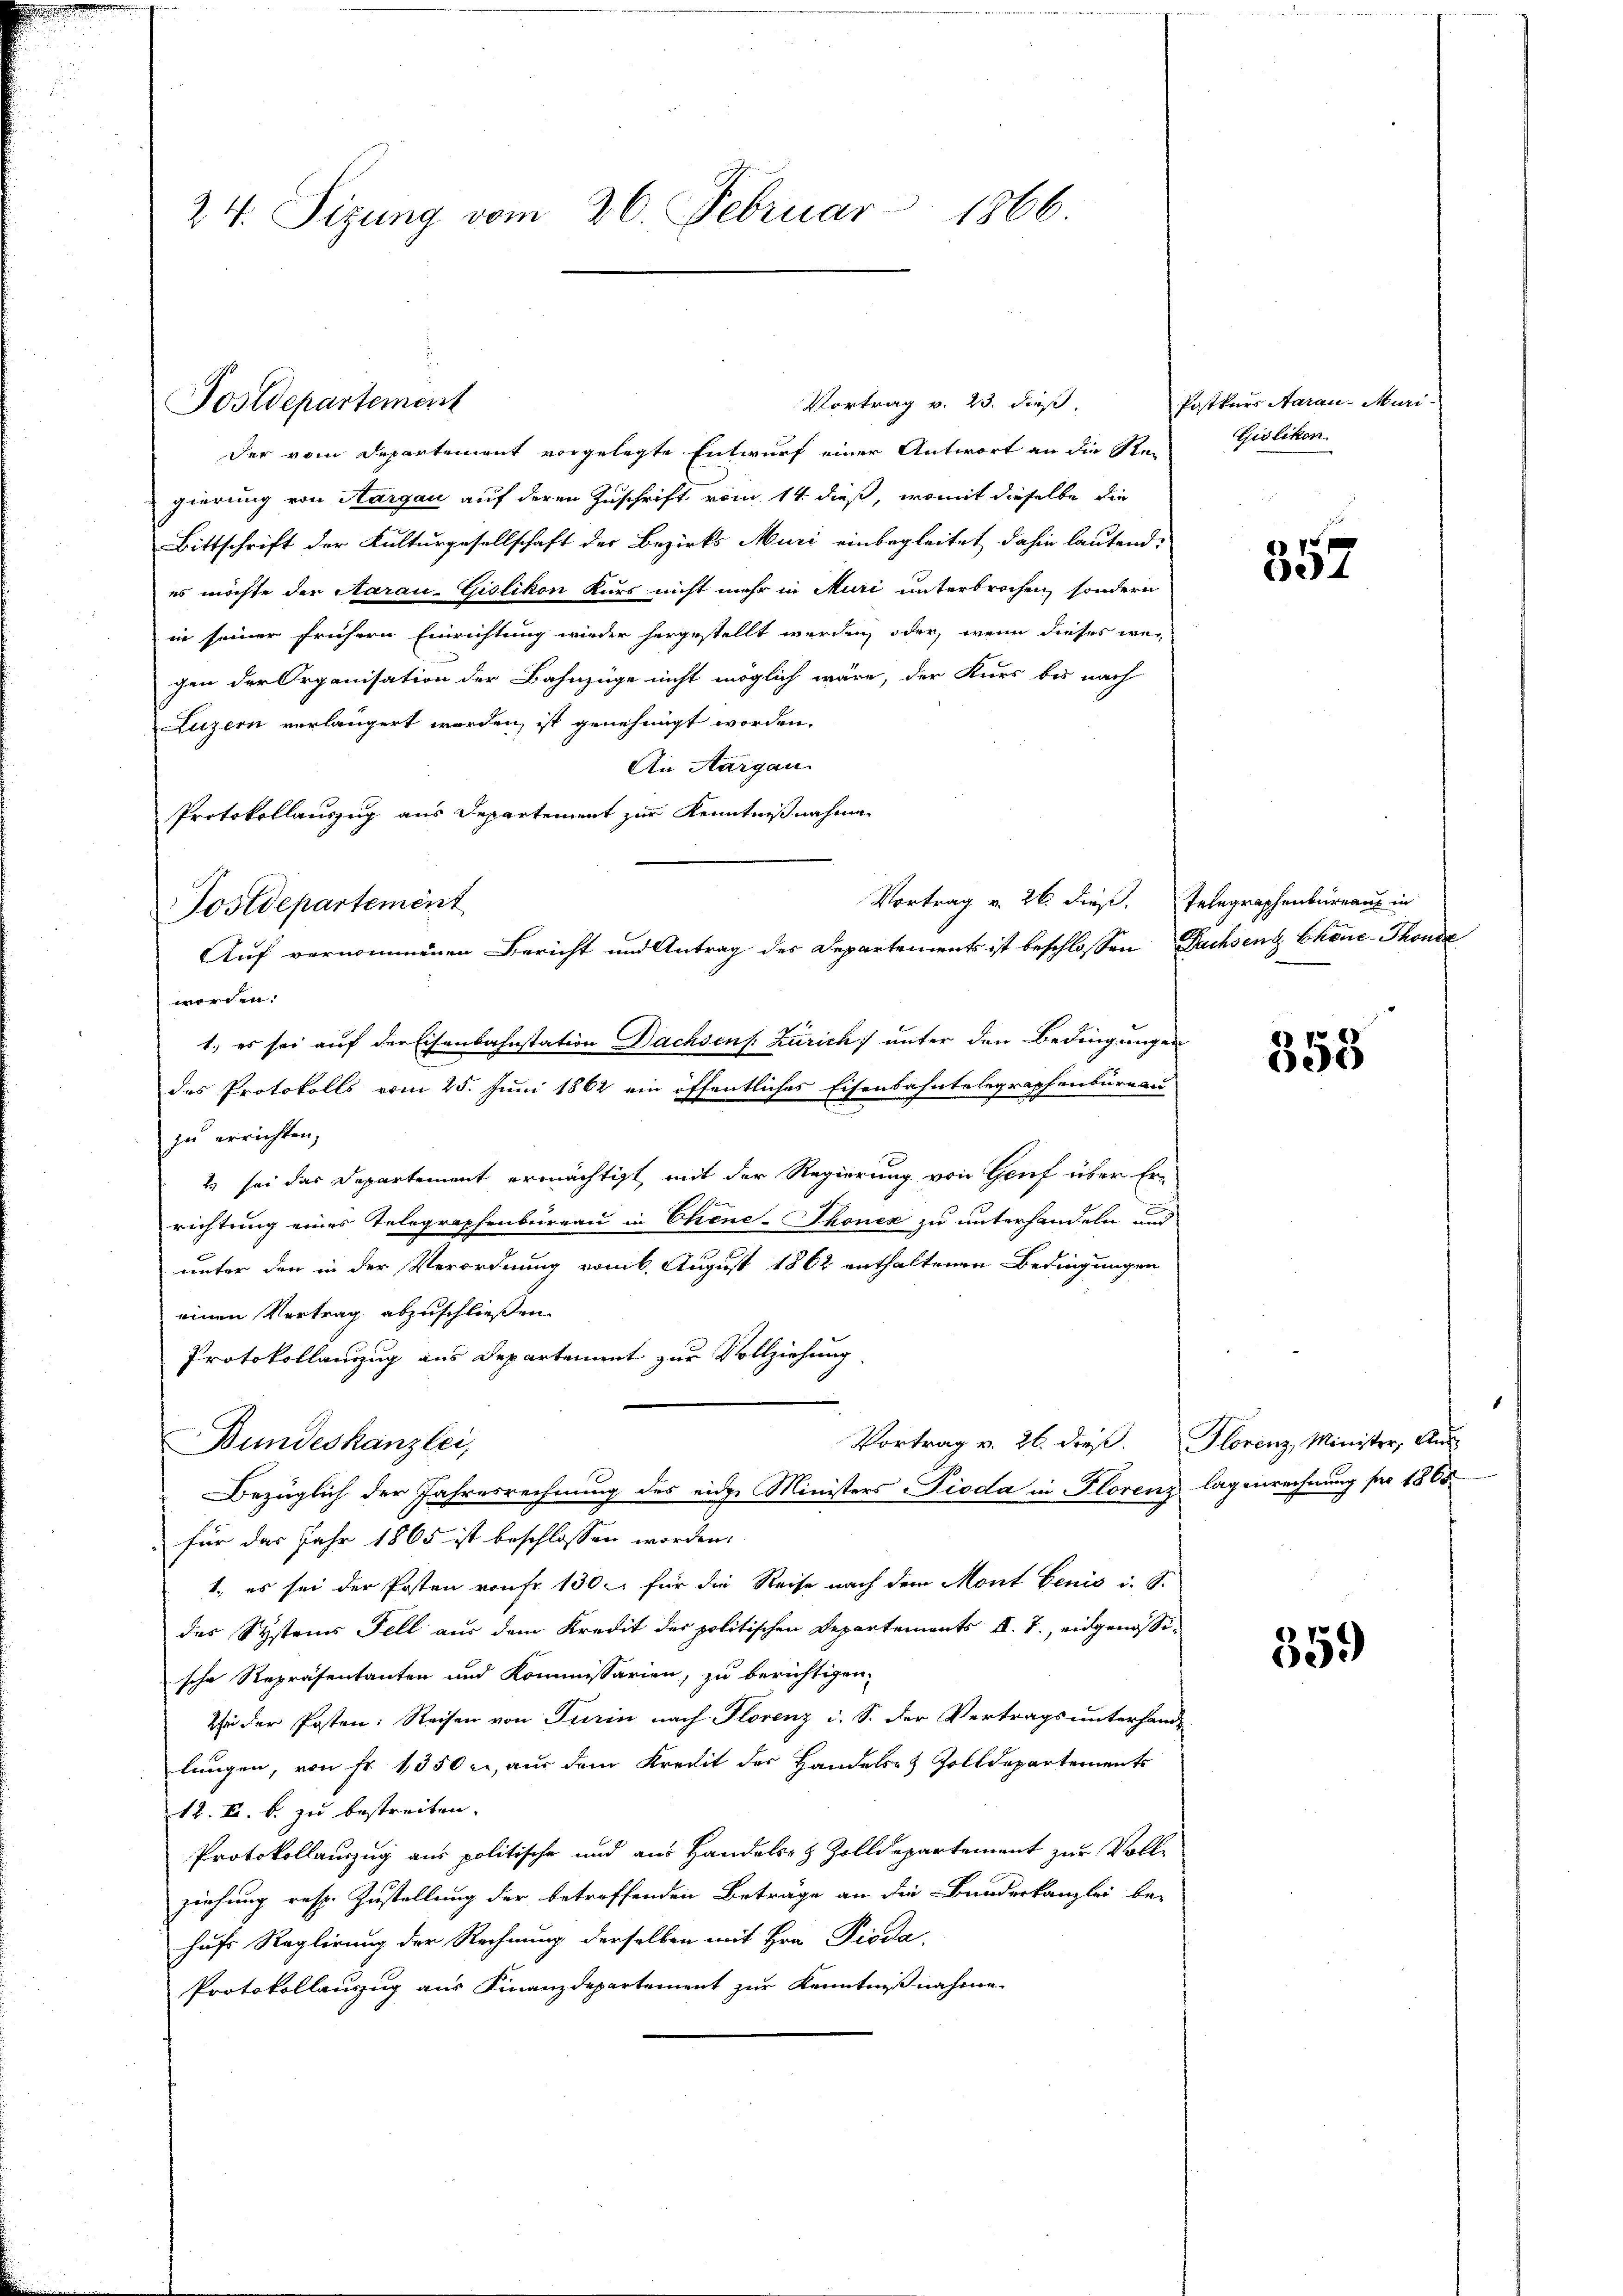
24. Sizung vom 26. Februar 1866.

Postdepartement

der vom Departement vorgelegte Entwurf einer Antwort an die Stei
gierung von Aargau auf deren Zuschrift vom 14. dieß, womit dieselbe die
Bittschrift der Kulturgesellschaft der Bezirks Muri einbegleitet dahin lautend,
es möchte der Aarau-Gislikon Kurs nicht mehr in Muri unterbrochen, sondern
in seiner frühern Einrichtung wieder hergestellt werden, oder, wenn dieses wegen der Organisation der Bahnzüge nicht möglich wäre, der Kurs bis nach
Luzern verlängert werden, ist genehmigt worden.
An Aargau.
Protokollauszug aus Departement zur Kenntnißnahme
worden.
1.) es sei auf der Eisenbahnstation Dachsen s. Zürich) unter den Bedingungen
e
des Protokolls vom 25. Juni 1862 ein öffentliches Eisenbahntelegraphenbureau
zu errichten,
2) sei das Departement ermächtigt, mit der Regierung von Genf über Errichtung eines Telegraphenbureau in Chene-Thonek zu unterhandeln und
unter den in der Verordnung vom 6. August 1862 enthaltenen Bedingungen
einen Vertrag abzuschließen.
Protokollanzug aus Departement zur Vollziehung
Vortrag v. 26. dieß.
Bundeskanzlei,
Bezüglich der Jahresrechnung des eider Ministers Pioda in Florenz lagenrechnung für 1865
für das Jahr 1865 ist beschlossen worden.
1., es sei der Posten von Fr. 130. für die Reise nach dem Mont benis i. S.
des Systeins Fell aus dem Kredit der politischen Departements II. T., eidgenössische Repräsentanten und Kommissarien, zu berichtigen,
Zu der Posten: Reisen von Turin nach Florenz i. S. der Vertrags unterhand-
lungen, von Fr. 1350 l., aus dem Kredit der Handels- & Zolldepartements
12. F. b. zu bestreiten.
Protokollauszug aus politische und aus Handelsez Zolldepartement zur Voll-
ziehung resp. Zustellung der betreffenden Beträge an die Bunderkanzlei be-
hufs Reglirung der Rechnung derselben mit Hrn. Pioda,
Protokollauszug aus Finanzdepartement zur Kenntnißnahme

Tostdepartement

Vortrag v. 23. dieß,

Auf vernommenen Bericht und Antrag des Departements ist beschlossen Dachsen Chene-Thonda

Postkurs Aarau Muri
Giolikon.

f
624

Vortrag v. 26. dieß. Telegraphenbureau in

358

Florenz, Minister, Aus¬

359